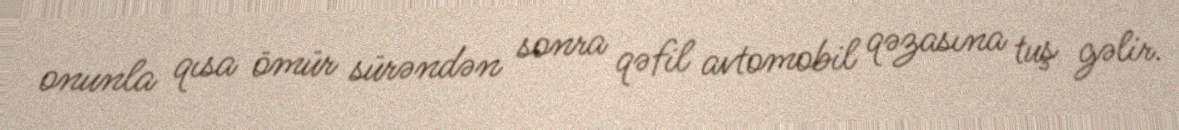
onunla qısa ömür sürəndən sonra qəfil avtomobil qəzasına tuş gəlir.